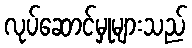
လုပ်ဆောင်မှုများသည်